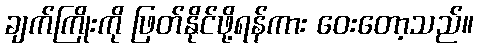
ချက်ကြိုးကို ဖြတ်နိုင်ဖို့ရန်ကား ဝေးတော့သည်။